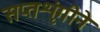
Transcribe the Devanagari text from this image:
सप्तशृंगीने